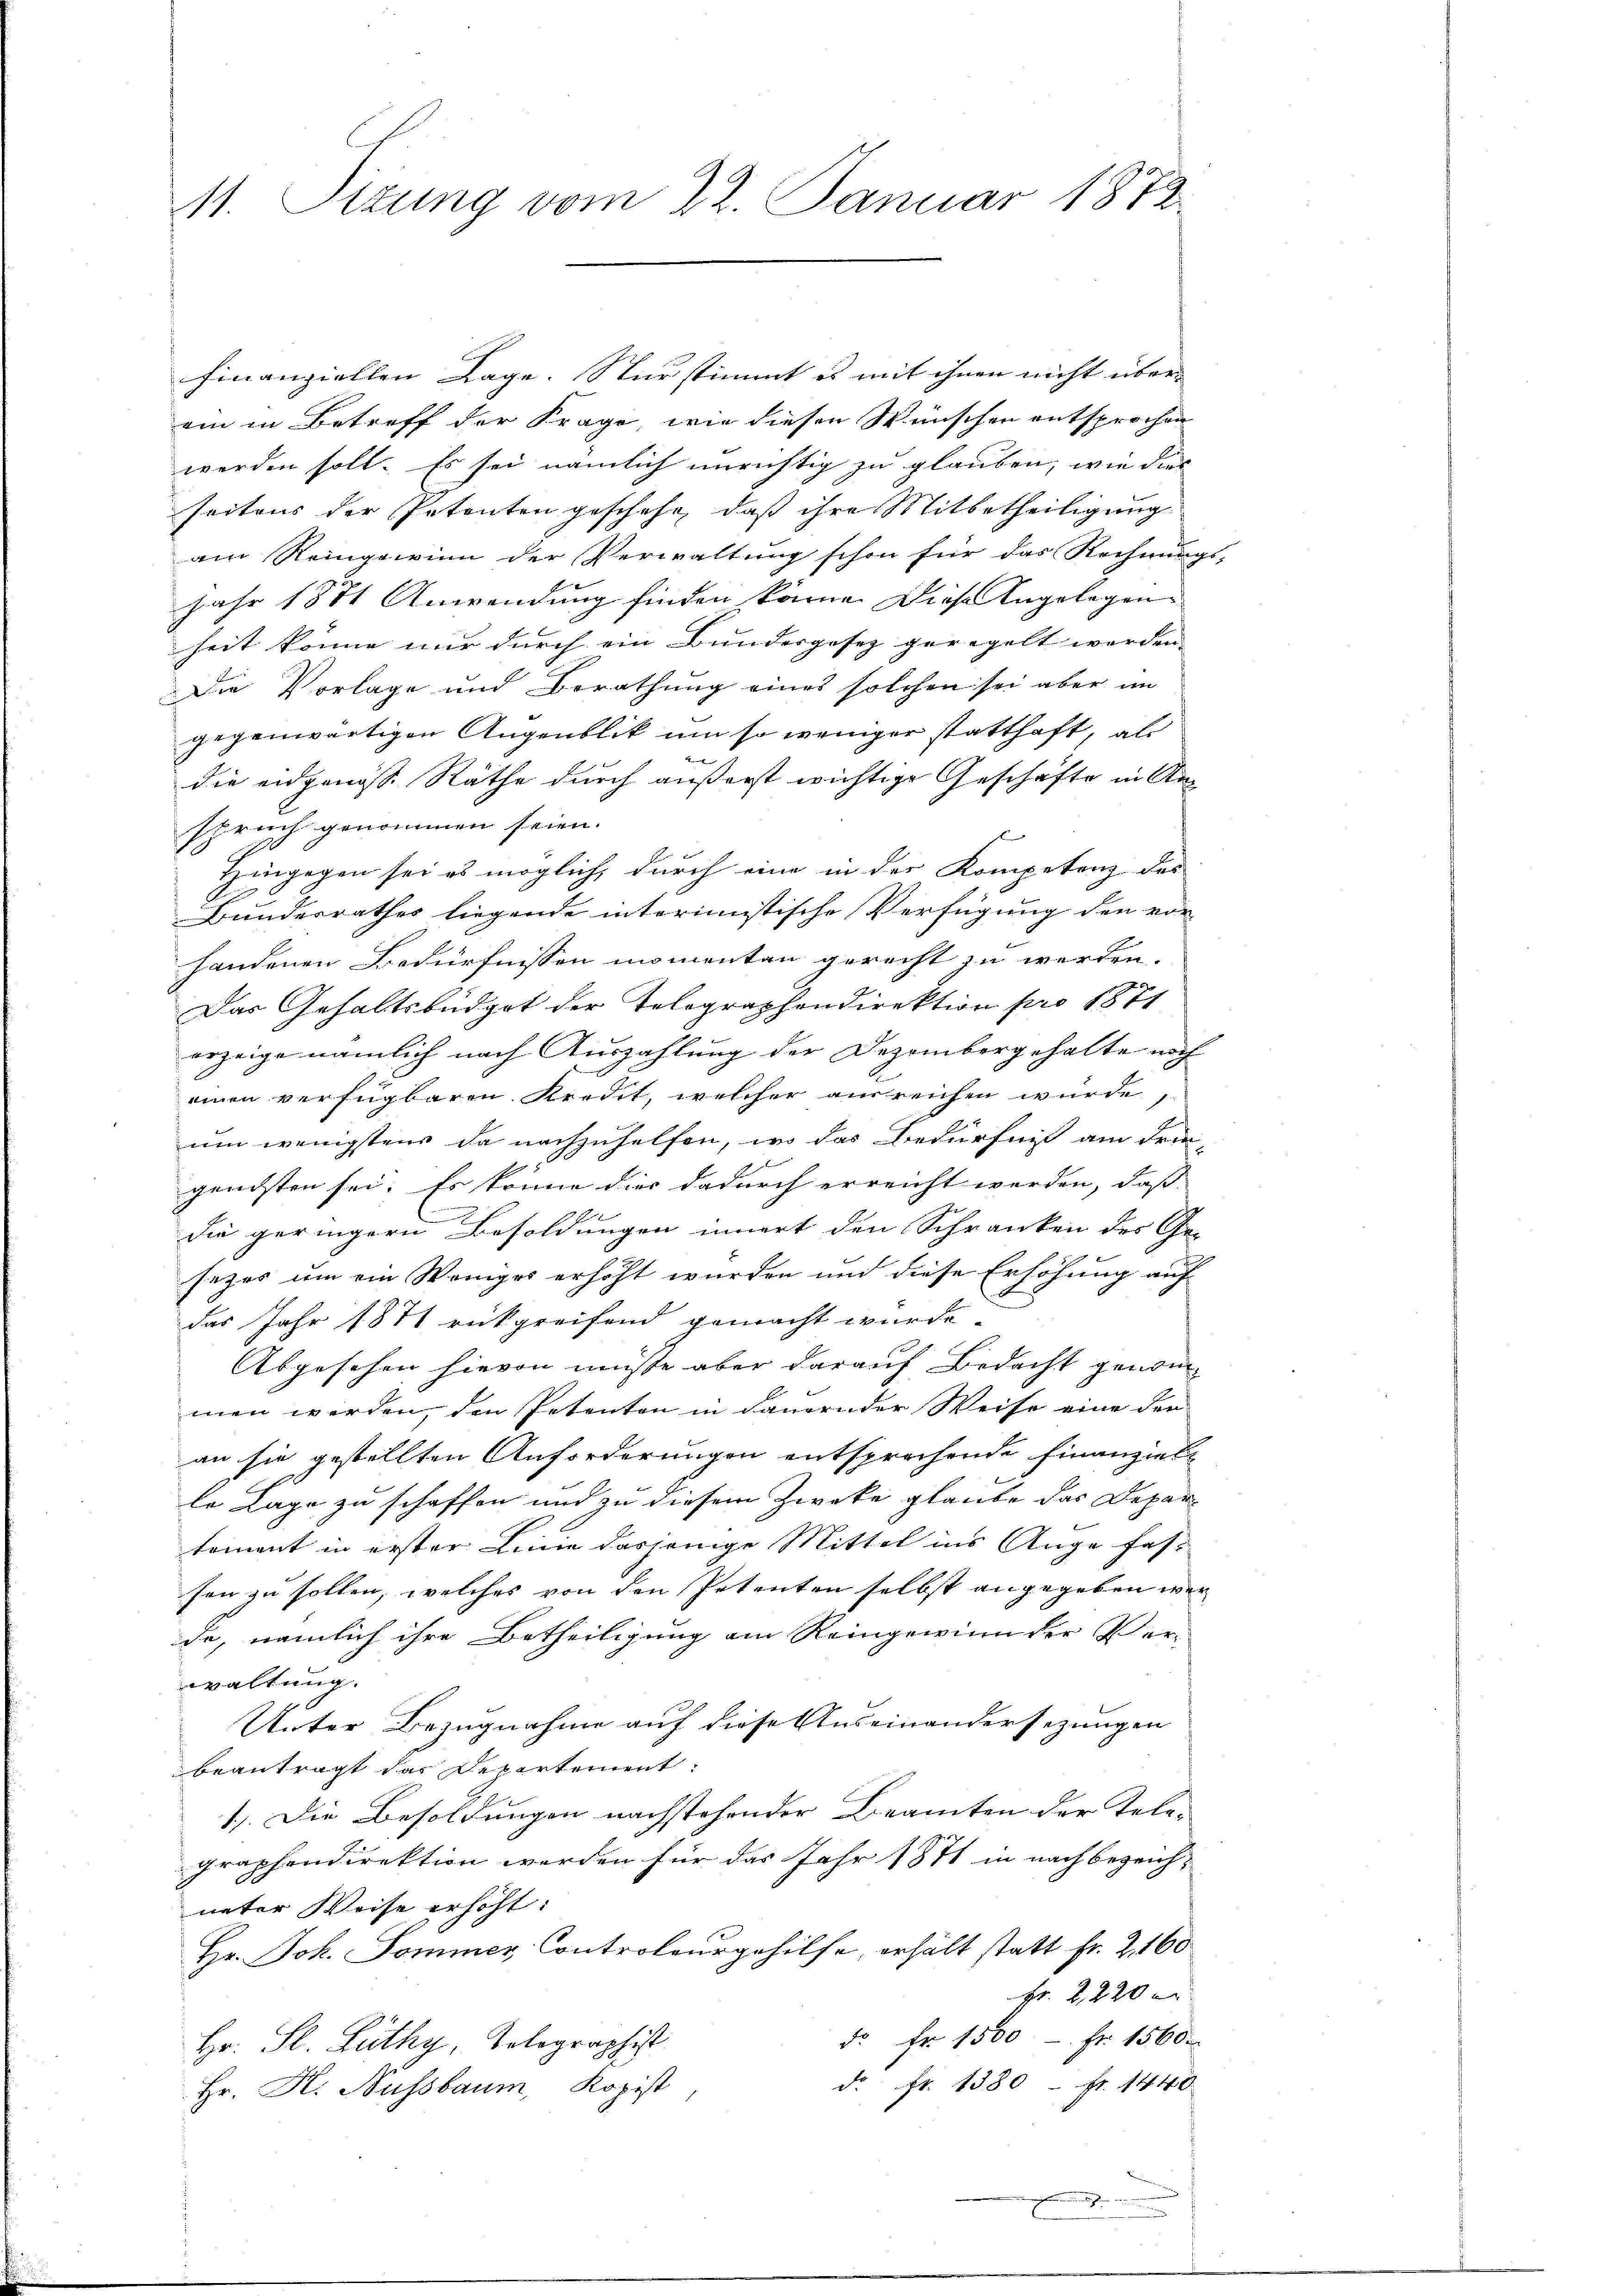
11. Pitung vom 22. Januar 1872.

finanziellen Lage. Nur stimmt es mit ihnen nicht über-
ein in Betreff der Frage, wie diesen Wünschen entsprochen
worden soll. Es sei nämlich unrichtig zu glauben, wie dies
seitens der Petenten geschehe, daß ihre Mitbetheiligung
am Reingewinn der Verwaltung schon für das Rechnungs-
Jahr 1871 Anwendung finden könne. Diese Angelegen
heit könne nur durch ein Bundesgesez geregelt werden. |
Die Vorlage und Berathung eines solchen sei aber im
gegenwärtigen Augenblik um so weniger statthaft, als
die eidgenösse Räthe durch äußerst wichtige Geschäfte in Anspruch genommen seien.
Hingegen sei es möglich, durch eine in der Kompetenz des
Bundesrathes liegende interimistische Verfügung den vor
handenen Bedürfnissen momenten gerecht zu werden.
Das Gehaltsbüdget der Tolographondirektion pro 1871
erzeige nämlich nach Auszahlung der Dezembergehalte noch
einen verfügbaren Kredit, welcher ausreichen wurde,
um wenigstens da nachzuhelfen, wo das Bedürfniß am Frei-
gensten sei. Es könne dies dadurch erreicht werden, dass |
die geringern Besoldungen innert den Schranken des Ge-
sezes um ein Weniges erhöht wurden und diese Erhöhung auf
das Jahr 1871 rückgreifend gemacht wurde.
Abgesehen hievon müsse aber darauf Bedacht genom-
men werden, den Petenten in dauernder Weise eine der
an sie gestellten Anforderungen entsprechende Finanziele
le Lage zu schaffen und zu diesem Zwecke glaube das Departoment in erster Linie dasjenige Mittel ins Auge fast
sen zu sollen, welches von den Petenten selbst angegeben wer
de, nämlich ihre Betheiligung am Reingewinn der Verwaltung.
Unter Bezugnahme auf diese Auseinandersezungen
beantragt das Departement:
1.) Die Besoldungen nachstehender Beamten der Tele-
graphendirektion werden für das Jahr 1871 in nach bezeich-
neter Weise erhöht:
Hr. Joh. Sommer, Controleur gehilfe, erhält statt Fr. 2. 160
Fr. 2, 220
dr. Fr. 1500 Fr. 1560.
Hr. St. Lüthy, Telegraphist
d. fr. 1380 - Fr. 1440.
Hr. K. Nussbaum, Kopist
.